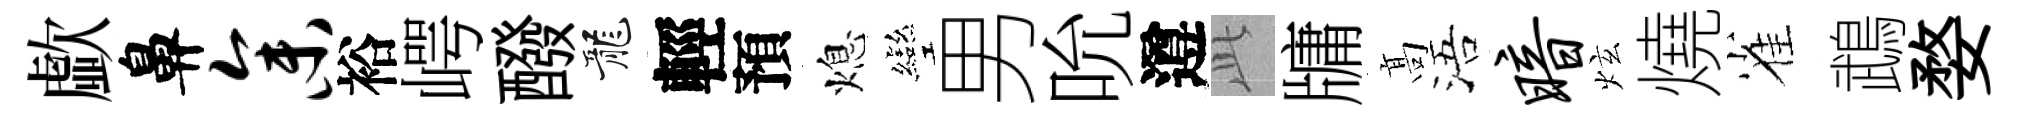
歔鼻参裕崿醱龍輕預熄彎男吮遵𬼘牗髙浯暗炫燒雀鵡婺